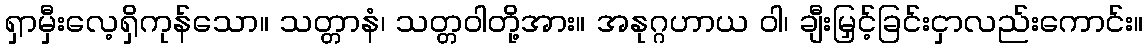
ရှာမှီးလေ့ရှိကုန်သော။ သတ္တာနံ၊ သတ္တဝါတို့အား။ အနုဂ္ဂဟာယ ဝါ၊ ချီးမြှင့်ခြင်းငှာလည်းကောင်း။